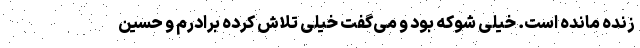
زنده مانده است. خیلی شوکه بود و می‌گفت خیلی تلاش کرده برادرم و حسین